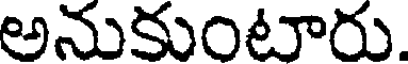
అనుకుంటారు.